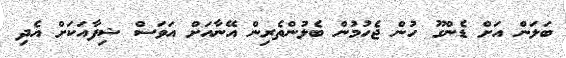
ބަލަން އަށް ޑެންގޫ ހުން ޖެހުމުން ބެލުންތެރިން އޭނާއަށް އަވަސް ޝިފާއަކަށް އެދި